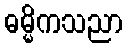
ဓမ္မိကသညာ